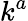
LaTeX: k^{a}